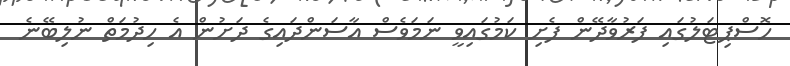
ހޮސްޕިޓަލުގައި ފަރުވާދޭން ފެށި ކަމުގައިވީ ނަމަވެސް އާސަންދައިގެ ދަށުން އެ ހިދުމަތް ނުލިބޭނެ